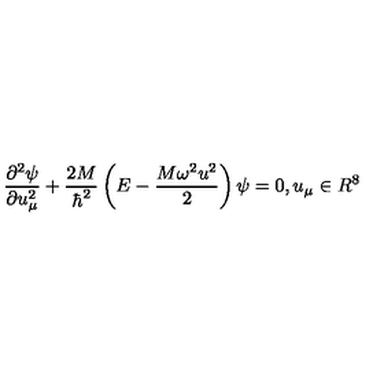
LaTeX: \frac { { \partial } ^ { 2 } \psi } { \partial u _ { \mu } ^ { 2 } } + \frac { 2 M } { \hbar ^ { 2 } } \left( E - \frac { M \omega ^ { 2 } u ^ { 2 } } { 2 } \right) \psi = 0 , u _ { \mu } \in R ^ { 8 }